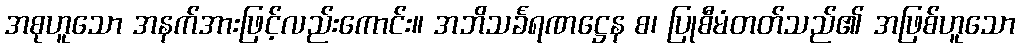
အစုဟူသော အနက်အားဖြင့်လည်းကောင်း။ အဘိသင်္ခရဏဋ္ဌေန စ၊ ပြုစီမံတတ်သည်၏ အဖြစ်ဟူသော